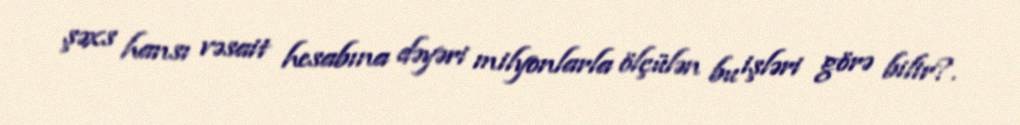
şəxs hansı vəsait hesabına dəyəri milyonlarla ölçülən bu işləri görə bilir?.